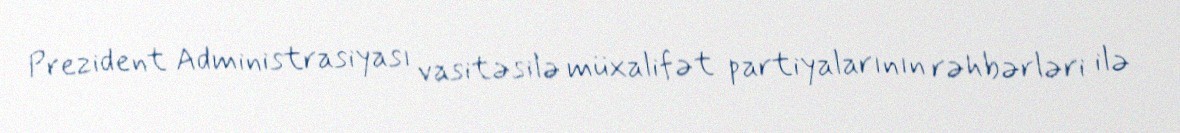
Prezident Administrasiyası vasitəsilə müxalifət partiyalarının rəhbərləri ilə